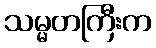
သမ္မတကြီးက